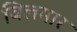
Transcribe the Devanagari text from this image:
विलमार